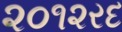
૨૦૧૨રદ